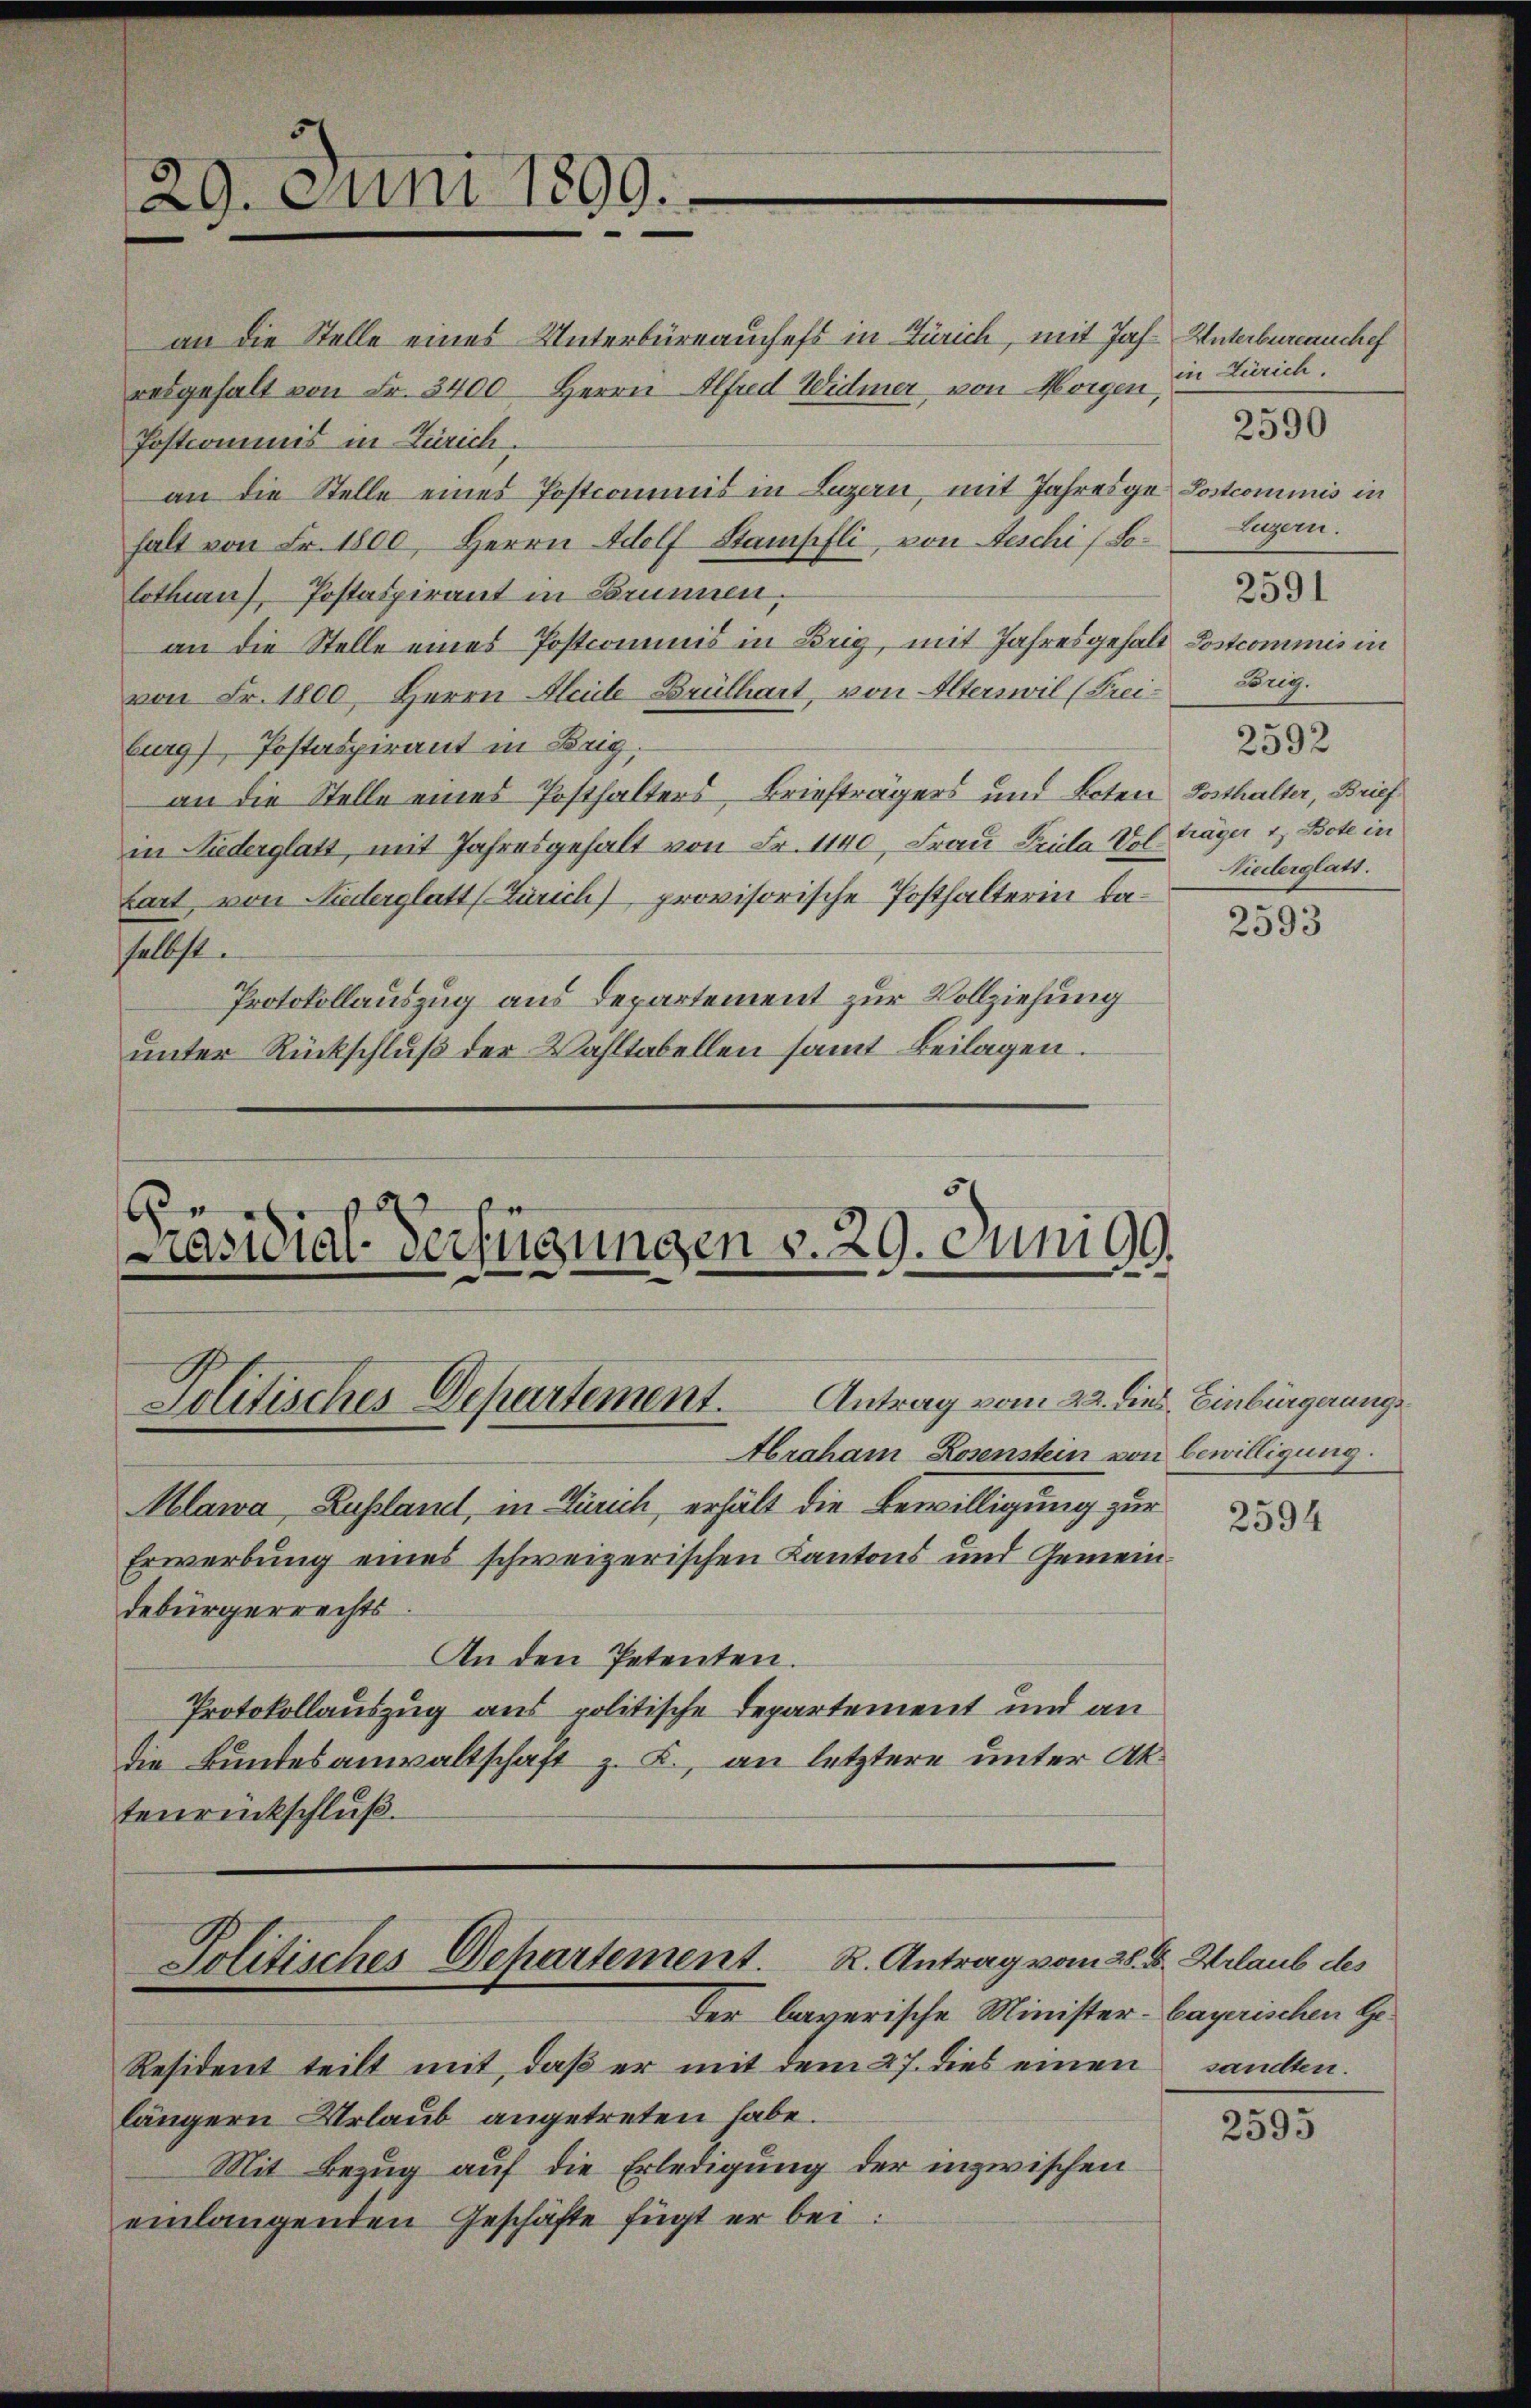
an die Stelle eines Unterbüreauchefs in Zürich, mit Jah. Unterbureauchef
resgehalt von Fr. 3400. Herrn Alfred Widmer, von Morgen,
Postkommnis in Zürich.
an die Stelle eines Postcommis in Luzern, mit Jahresge Lostcominis in
halt von Fr. 1800, Herrn Adolf Stampfli, von Aeschi / Solothurn), Postaspirant in Brunnen,
an die Stelle eines Postcommis in Brig, mit Jahresgehalt Postcommis in
von Fr. 1800. Herrn Aleule Brülhart, von Alterswil (Freiburg), Postaspirant in Brig,
an die Stelle eines Posthalters Briefträgers und Boten Posthalter, Brief
in Niederglatt, mit Jahresgehalt von Fr. 1140, Frau Prula Vol. Träger 1, Bote in
fart von Niederglatt (Zürich) provisorische Posthalterin dasselbst.
Protokollauszug aus Departement zur Vollziehung
unter Rückschluß der Wahltabellen samt Beilagen.

29. Juni 1899.

e

Abraham Rosenstein von bewilligung.
Mlawa, Lusland, in Zürich, erhält die Bewilligung zur
Erwerbung eines schweizerischen Kantons und Gemeindebürgerrechts
An den Petenten.
Protokollauszug aus politische Departement und an
die Bundesanwaltschaft z. B., an letztere unter Aktenrückschluß.

Politisches Departement.

Präsidial-Verfügungen v. 29. Juni 99.

4

Antrag vom 22. dies Einbürgerungs¬

Politisches Dehartement. R. Antrag vom 28. d. Urlaub des
Der bayerische Minister-Bayerischen Ge¬

Resident teilt mit, daß er mit dem 27. dies einen sandten.
längern Urlaub angetreten habe.
Mit Bezug auf die Erledigung der inzwischen
einlangenden Geschäfte fügt er bei:

in Zürich
Eugern.
König.
2592
Niederglatt.

2590

2591

2593

2594

2595